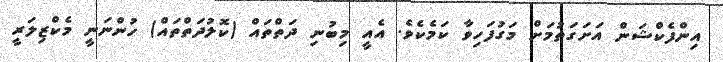
އިންފެކްޝަން އަށަގަތުމަށް މަގުފަހިވާ ކަމެކެވެ. އެއީ މިބުނި ދަތްތައް (ކޮލުދަތްތައް) ހުންނަނީ މެކްޒިލަރީ